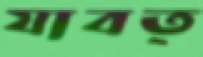
যাবত্